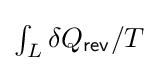
{\textstyle \int _{L}{\delta Q_{\mathsf {rev}}/T}}